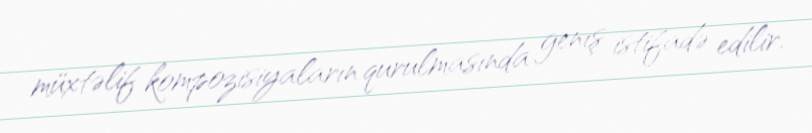
müxtəlif kompozisiyaların qurulmasında genış istifadə edilir.